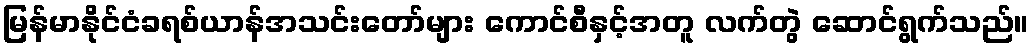
မြန်မာနိုင်ငံခရစ်ယာန်အသင်းတော်များ ကောင်စီနှင့်အတူ လက်တွဲ ဆောင်ရွက်သည်။